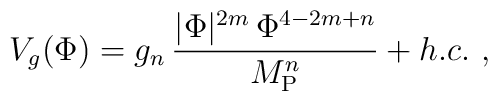
V_g(\Phi) = g_n\, {  |\Phi|^{2m}\, \Phi^{4-2m+n}\over  M_{\rm P}^n} + h.c.\ ,